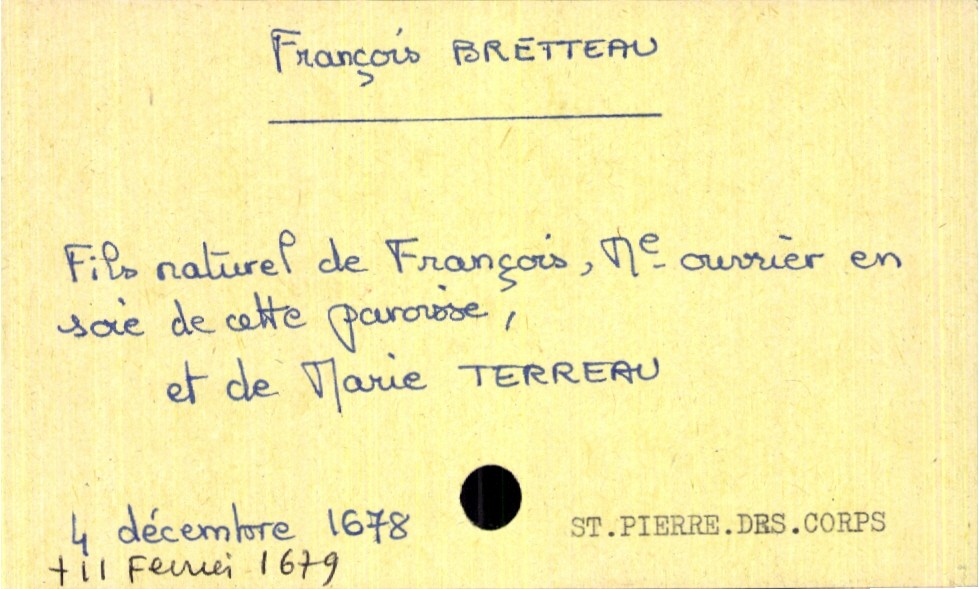
type_acte: Baptême
filiation: fils
enfant_prénom: François
enfant_date_de_naissance: 4 décembre 1678
enfant_lieu_de_naissance: Saint Pierre des Corps
enfant_date_de_décès: 11 février 1679
enfant_lieu_de_décès: Saint Pierre des Corps
père_enfant_nom: Bretteau
père_enfant_prénom: François
père_enfant_profession: maitre ouvrier en soie
mère_enfant_nom: Terreau
mère_enfant_prénom: Marie